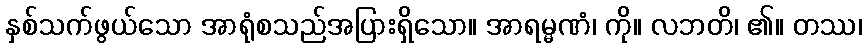
နှစ်သက်ဖွယ်သော အာရုံစသည်အပြားရှိသော။ အာရမ္မဏံ၊ ကို။ လဘတိ၊ ၏။ တဿ၊